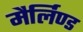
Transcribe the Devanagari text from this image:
मैर्लिण्ड